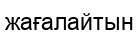
жағалайтын